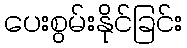
ပေးစွမ်းနိုင်ခြင်း